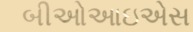
બીઓઆઇએસ